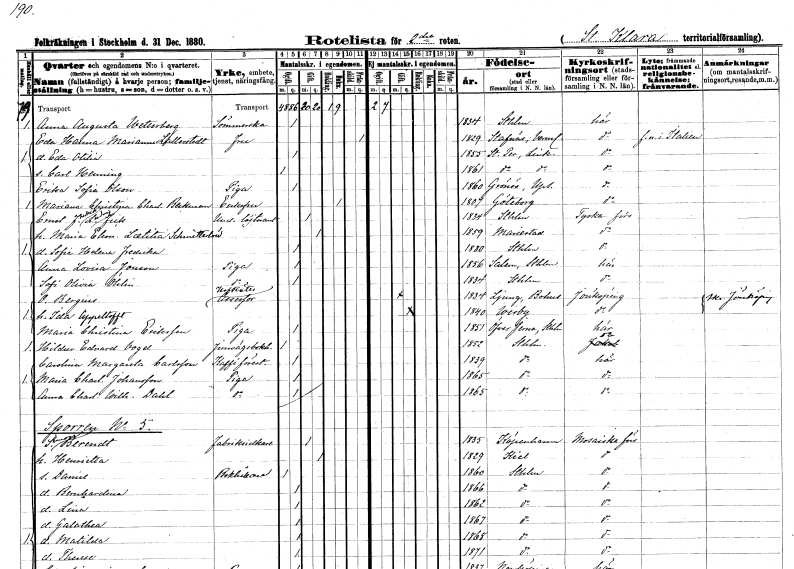
gt_parse: households: individuals: FN: Anna Augusta
EN: Westerberg
YRKE: Sömmerska
KON: K
CIV: O
FODAR: 1834
FODFORS: Stockholm
FN: Eda Hanna Marianne
EN: Lallerstedt
KON: K
CIV: X
FODAR: 1829
FODFORS: Stavnäs Värmlands län
FN: Eda Otilia
KON: K
CIV: O
FODAR: 1855
FODFORS: Sankt Per Vadstena Östergötlands län
FN: Carl Henning
KON: M
CIV: O
FODAR: 1861
FODFORS: Sankt Per Vadstena Östergötlands län
FN: Erika Sofia
EN: Olson
YRKE: Piga
KON: K
CIV: O
FODAR: 1860
FODFORS: Kungs-Husby Uppsala län
FN: Mariana Christina Charlotta
EN: Beckman
KON: K
CIV: E
FODAR: 1807
FODFORS: Göteborg Göteborgs- och Bohuslän
FN: Ernst Fredrik Ludvig
EN: Fick
YRKE: Underlöjtnant
KON: M
CIV: G
FODAR: 1834
FODFORS: Stockholm
FN: Maria Eleonora Laetitia
EN: Schmitterlöw
KON: K
CIV: G
FODAR: 1859
FODFORS: Mariestad Skaraborgs län
FN: Sofia Helena Fredrika
KON: K
CIV: O
FODAR: 1880
FODFORS: Stockholm
FN: Anna Lovisa
EN: Jonsson
YRKE: Piga
KON: K
CIV: O
FODAR: 1856
FODFORS: Salem Stockholms län
FN: Sofi Olivia
EN: Öhlin
YRKE: Piga
KON: K
CIV: O
FODAR: 1834
FODFORS: Stockholm
FN: Oscar
EN: Bergius
YRKE: Hovrättsassessor
KON: M
CIV: G
FODAR: 1834
FODFORS: Ljung Göteborgs- och Bohuslän
FN: Ida
EN: Appeltofft
KON: K
CIV: G
FODAR: 1840
FODFORS: Visby Gotlands län
FN: Maria Christina
EN: Eriksson
YRKE: Piga
KON: K
CIV: O
FODAR: 1851
FODFORS: Överjärna Stockholms län
FN: Hildur Edvard
EN: Vogel
YRKE: Järnvägsbokhållare
KON: M
CIV: O
FODAR: 1852
FODFORS: Stockholm
FN: Carolina Margareta
EN: Carlsson
YRKE: Kaféförestånderska
KON: K
CIV: O
FODAR: 1839
FODFORS: Stockholm
FN: Maria Charlotta
EN: Johansson
YRKE: Piga
KON: K
CIV: O
FODAR: 1865
FODFORS: Stockholm
FN: Anna Charlotta Wilhelmina
EN: Dahl
YRKE: Piga
KON: K
CIV: O
FODAR: 1865
FODFORS: Stockholm